Investigations into the jail dietaries of the United Provinces with some observations on the influence of dietary on the physical development and well-being of the people of the United Provinces - Number 48
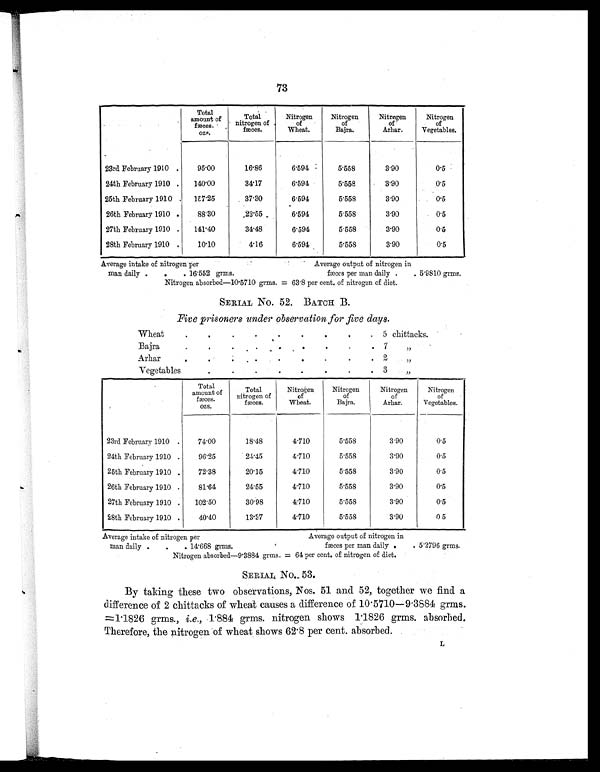
73
Total
amount of
fæces.
ozs.
Total
nitrogen of
fæces.
Nitrogen
of
Wheat.
Nitrogen
of
Bajra.
Nitrogen
of
Arhar.
Nitrogen
of
Vegetables.
23rd February 1910 .
95.00
16.86
6.594
5.558
3.90
0.5
24th February 1910 .
140.00
34.17
6.594
5.558
3.90
0.5
25th February 1910 .
157.25
37.30
6.594
5.558
3.90
0.5
26th February 1910 .
88.30
22.55
6.594
5.558
3.90
0.5
27th February 1910 .
141.40
34.48
6.594
5.558
3.90
0.5
28th February 1910 .
10.10
4.l6
6.594
5.558
3.90
0.5
Average intake of nitrogen per
Average output of nitrogen in
man daily .
.
. 16.552 grms.
fæces per man daily .
. 5.9810 grms.
Nitrogen absorbed—10.5710 grms. = 63.8 per cent. of nitrogen of diet.
SERIAL NO. 52. BATCH B.
Five prisoners under observation for five days.
Wheat
.
.
.
.
.
.
.
.
. 5 chittacks.
Bajra
.
.
.
.
.
.
.
.
.
7
„
Arhar
.
.
.
.
.
.
.
.
.
2
„
Vegetables
.
.
.
.
.
.
.
.
3
„
Total
amount of
fæces.
ozs.
Total
nitrogen of
fæces.
Nitrogen
of
Wheat.
Nitrogen
of
Bajra.
Nitrogen
of
Arhar.
Nitrogen
of
Vegetables.
23rd February 1910 .
74.00
18.48
4.710
5.558
3.90
0.5
24th February 1910 .
96.25
24.45
4.710
5.558
3.90
0.5
25th February 1910 .
72.38
20.15
4.710
5.558
3.90
0.5
26th February 1910 .
81.64
24.55
4.710
5.558
3.90
0.5
27th February 1910 .
102.50
30.98
4.710
5.558
3.90
0.5
28th February 1910 .
40.40
13.37
4.710
5.558
3 . 9 0
0 5
Average intake of nitrogen per
Average output of nitrogen in
man daily .
.
. 14.668 grms.
fæces per man daily .
. 5.2796 grms.
Nitrogen absorbed—9.3884 grms. = 64 per cent. of nitrogen of diet.
SERIAL NO. 53.
By taking these two observations, Nos. 51 and 52, together we find a
difference of 2 chittacks of wheat causes a difference of 10 . 5710—9 . 3884 grms.
=1. 1826 grms., i.e., 1.884 grms. nitrogen shows 1 . 1826 grms. absorbed.
Therefore, the nitrogen of wheat shows 62 . 8 per cent. absorbed.
L